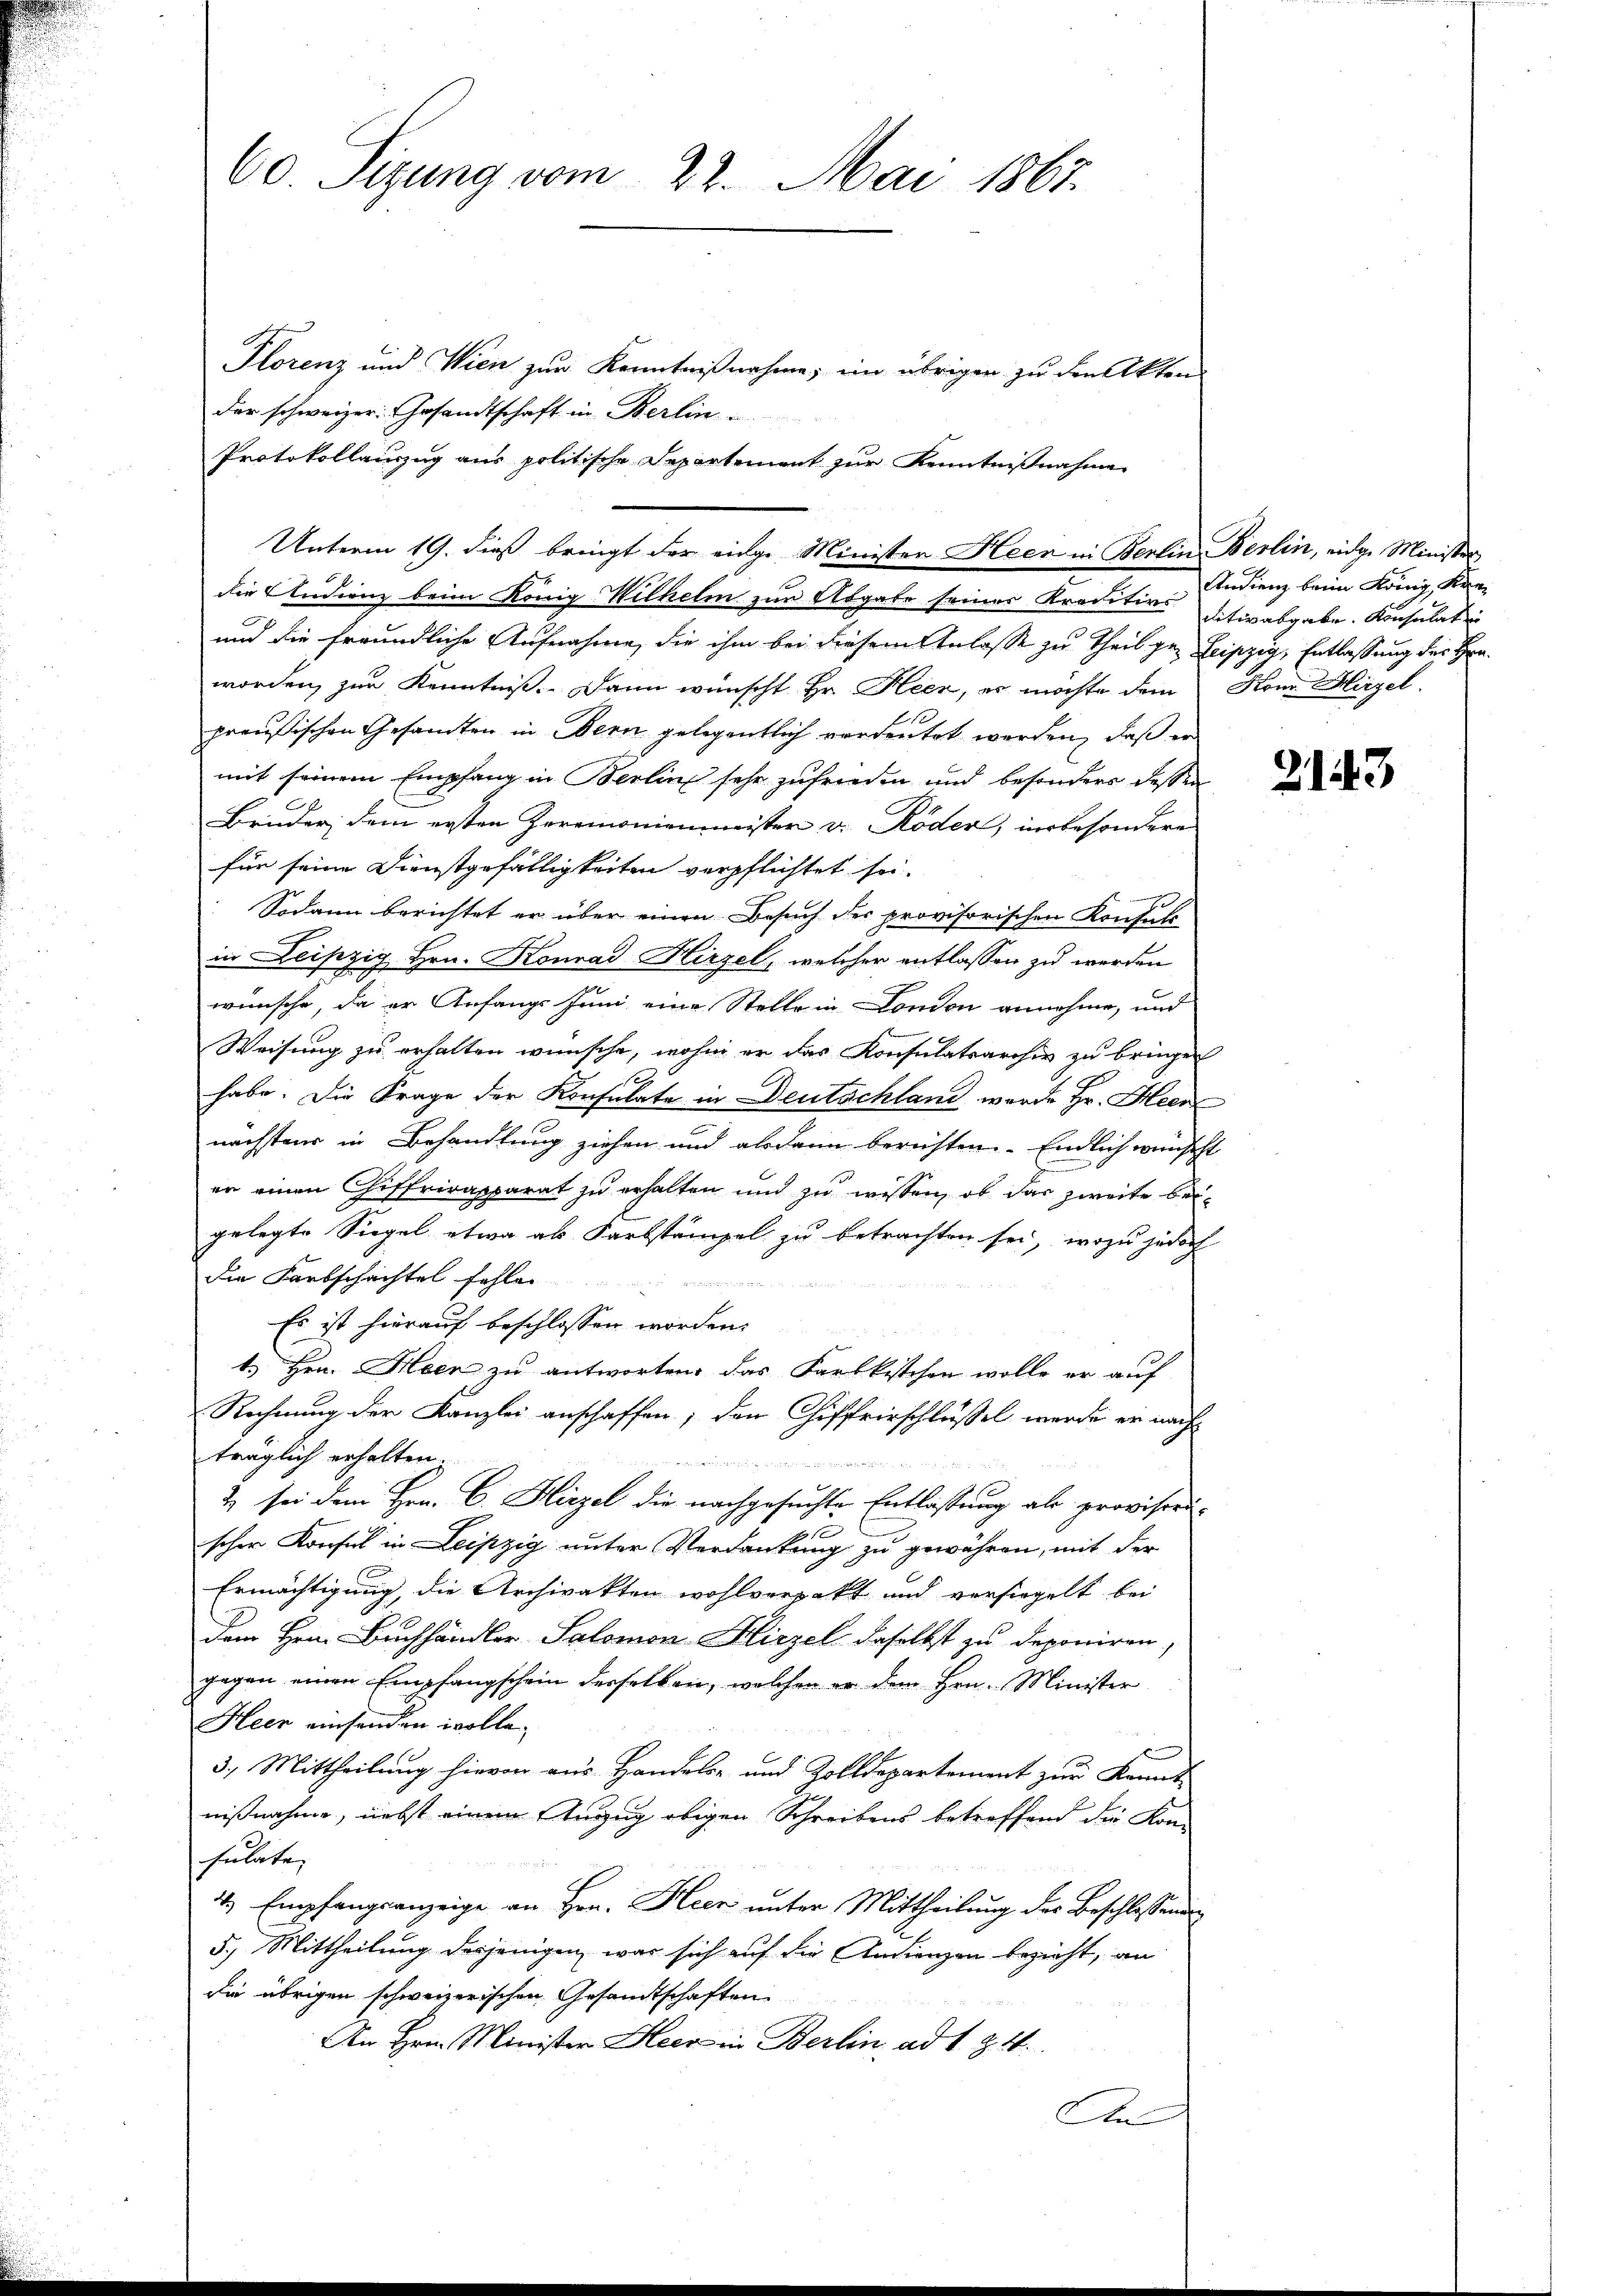
60. Sizung vom 22. Mai 1867.

Plorenz und Wien zur Kenntnißnahme; im übriger zu den Akten
der schweizer: Gesandtschaft in Berlin
Protokollauszug aus politische Departement zur Kenntnißnahme
die Studienz beim König Wilhelin zur Abgabe seiner Kreditirs
und die freundliche Aufnahme, die ihm bei diesem Anlasse zu Theil ge- Leipzig, Entlassung des Hrn.
worden, zur Kenntniß. Dann wünscht Hr. Heer, es möchte dem
preußischen Gesandten in Bern gelegentlich verdeutet werden, daß er
mit seinem Empfang in Berlins sehr zufrieden und besonders dessen
Bruder, dem ersten Herrmonienmeister v. Röder, insbesondere
für seine Dienstgefälligkeiten verpflichtet sei.
Sodann berichtet er über einen Besuch der provisorischen Konfels
in Leipzig Hrn. Konrad Hirzel, welcher entlassen zu werden
wünsche, da er Anfangs Juni eine Stelle in London annehme, und
Weisung zu erhalten wünsche, wohin er das Konsulatsarchiv zu bringen
2
habe. Die Frage der Konsulate in Deutschland wurde Hr. Heer
nächstens in Behandlung ziehen und alsdann berichten. Endlich wünsche
er einen Chiffrirapparat zu erhalten und zu wissen, ob das zweite beigelegte Siegel etwa als Karbstämpel zu betrachten sei, wozu jedoch
die Farbschachtel fehlen
Es ist hierauf beschlossen worden.
1. Hrn. Meer zu antworten, das Karlkistchen wolle er auf
Rechnung der Kanzlei anschaffen; den Chiffrirschlussel werde er nach
träglich erhalten.

2) sei dem Hrn. C. Hirzel die nachgesuchte Entlassung als provisorischer Konsul in Leipzig unter Verdankung zu gewähren, mit der
Ermächtigung, die Archivakten wohlverpakt und versiegelt bei
dem Hrn. Buchhändler Salomon Hirzel daselbst zu deponiren,
gegen einen Empfangschein derselben, welchen er dem Hrn. Minister
Heer einsenden wolle.
3.) Mittheilung hievon aus Handels- und Zolldepartement zur Kennt
nißnahme, nebst einem Anzug obigen Schreibens betreffend die Kon-
fulate,
4.) Empfangsanzeige an Hrn. Heer unter Mittheilung des Beschlossend
5.) Mittheilung desjenigen, was sich auf die Andienzen bezieht, an
die übrigen schweizerischen Gesandtschaften
An Hrn. Minister Heer in Berlin, ad 1. Z. 4.
An

Unterm 19. dieß bringt der einge Minister Heen in Berlin Berlin, eidge Minister,

Andienz beim König, Kenditiv abgabe. Konsulat in
Kon Hirzel.

2143